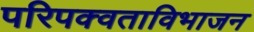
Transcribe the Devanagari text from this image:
परिपक्वताविभाजन